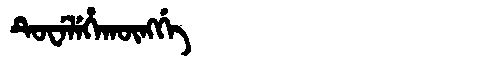
Manchu: ᡨᡠᠸᡝᠯᡝᡥᠠᡴᡡᠩᡤᡝ
Romanization: TUWELEHAKŪNGGE